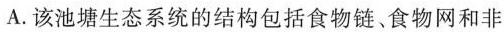
A.该池塘生态系统的结构包括食物链、食物网和非